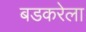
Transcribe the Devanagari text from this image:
बडकरेला